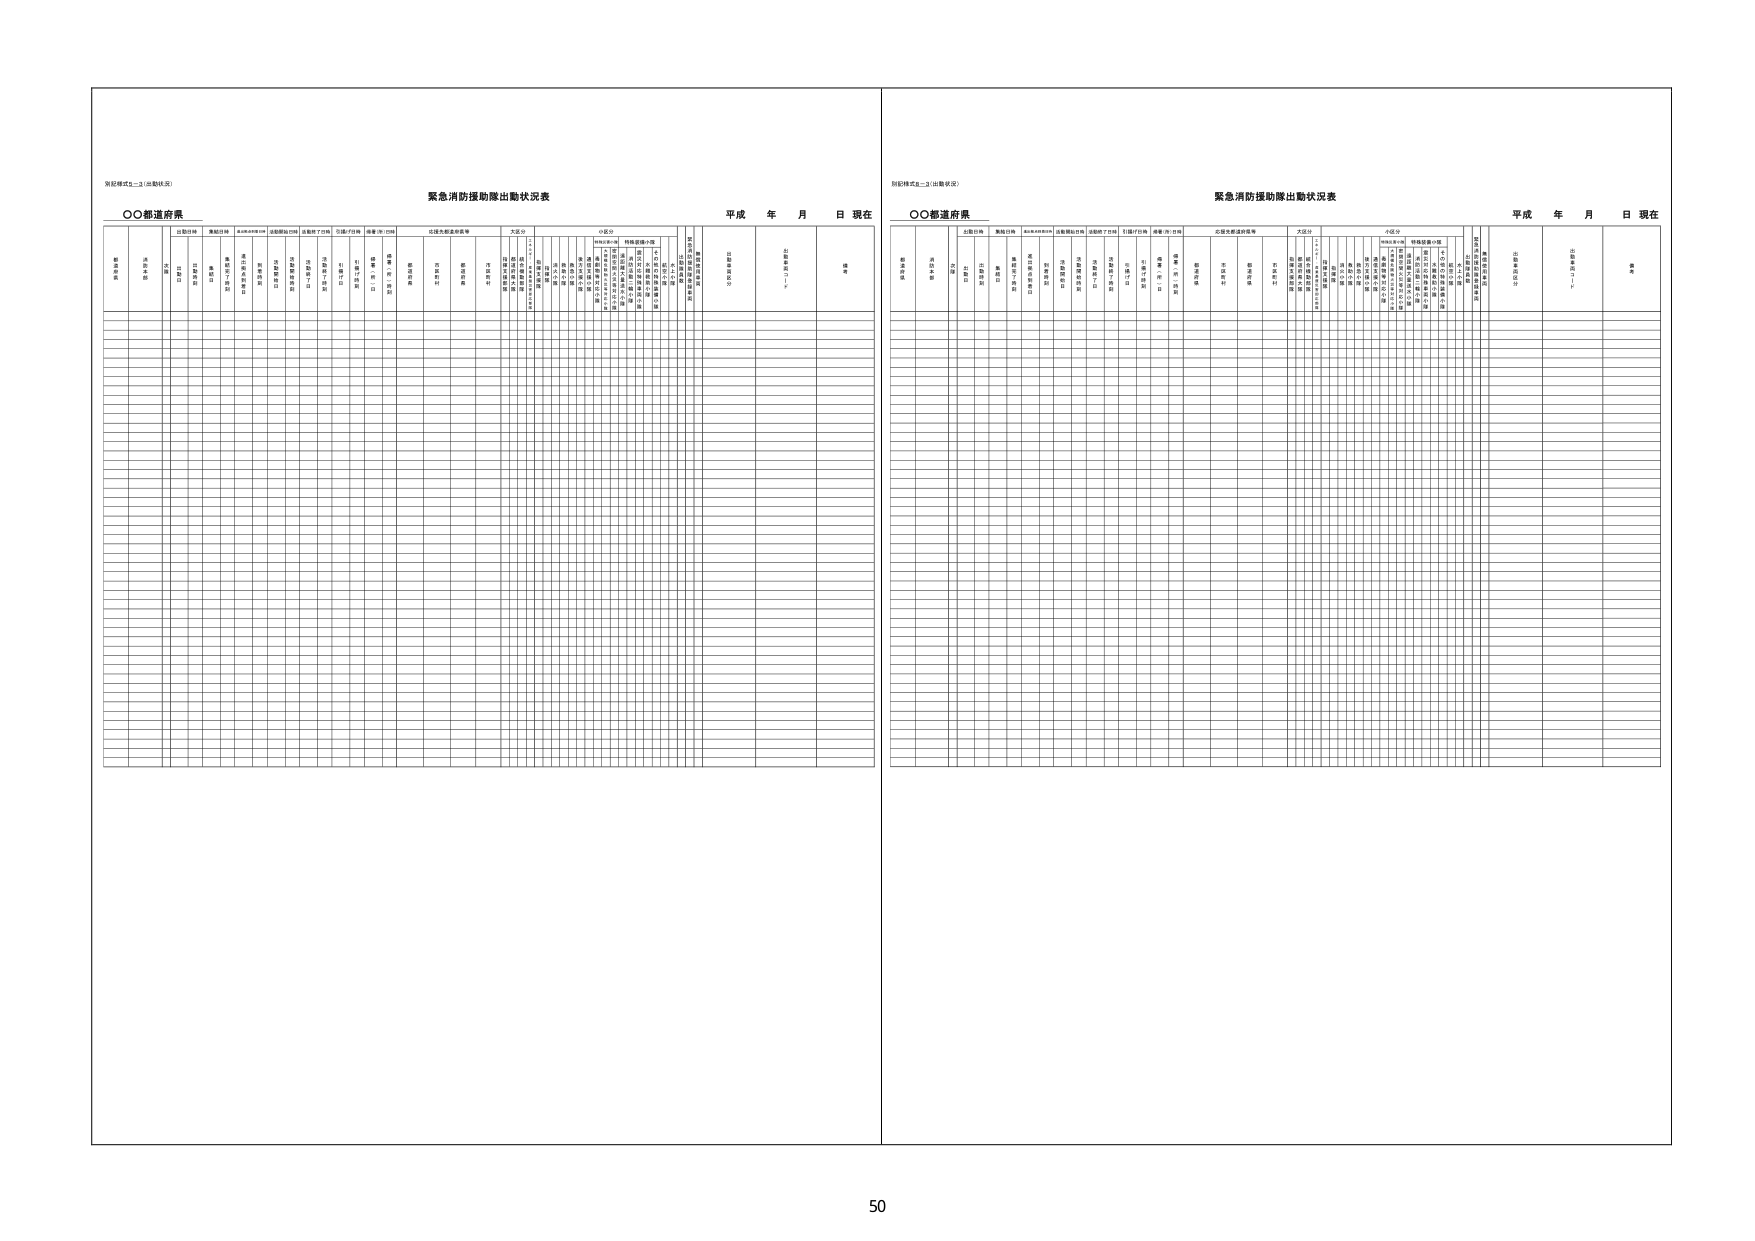
※記様式5-3（出動状況）

緊急消防援助隊出動状況表

○○都道府県

平成 年 月 日 現在

番号

出動日時

事故日時

事故の内容

出動開始日時

出動終了日時

引揚げ日時

帰着（到）日時

応援先都道府県等

大区分

小区分

備考

○○都道府県

平成 年 月 日 現在

番号

出動日時

事故日時

事故の内容

出動開始日時

出動終了日時

引揚げ日時

帰着（到）日時

応援先都道府県等

大区分

小区分

備考

50